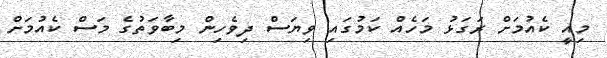
މިއީ ކެއުމަށް ރަގަޅު މަހެއް ކަމުގައި ވިޔަސް ދިވެހިން މިބާވަތުގެ މަސް ކެއުމަށް